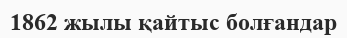
1862 жылы қайтыс болғандар